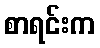
စာရင်းက